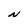
Character: N